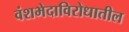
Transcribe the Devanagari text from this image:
वंशभेदाविरोधातील